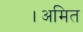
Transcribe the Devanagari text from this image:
।अमित